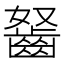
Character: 𪗭